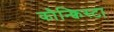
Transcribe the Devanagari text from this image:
कौन्क्विस्टा